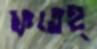
ফতেহ্